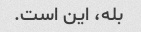
بله، این است.